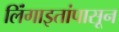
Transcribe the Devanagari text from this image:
लिंंगाइतांपासून